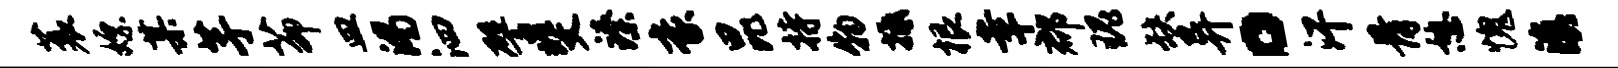
蓑嫖某芋茆皿渴泗譬斐臻豪昆持物抵根幸郡瑰缺异。汗骨憩愧滇